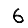
Digit: 6